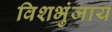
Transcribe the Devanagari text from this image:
विशभुंजाय